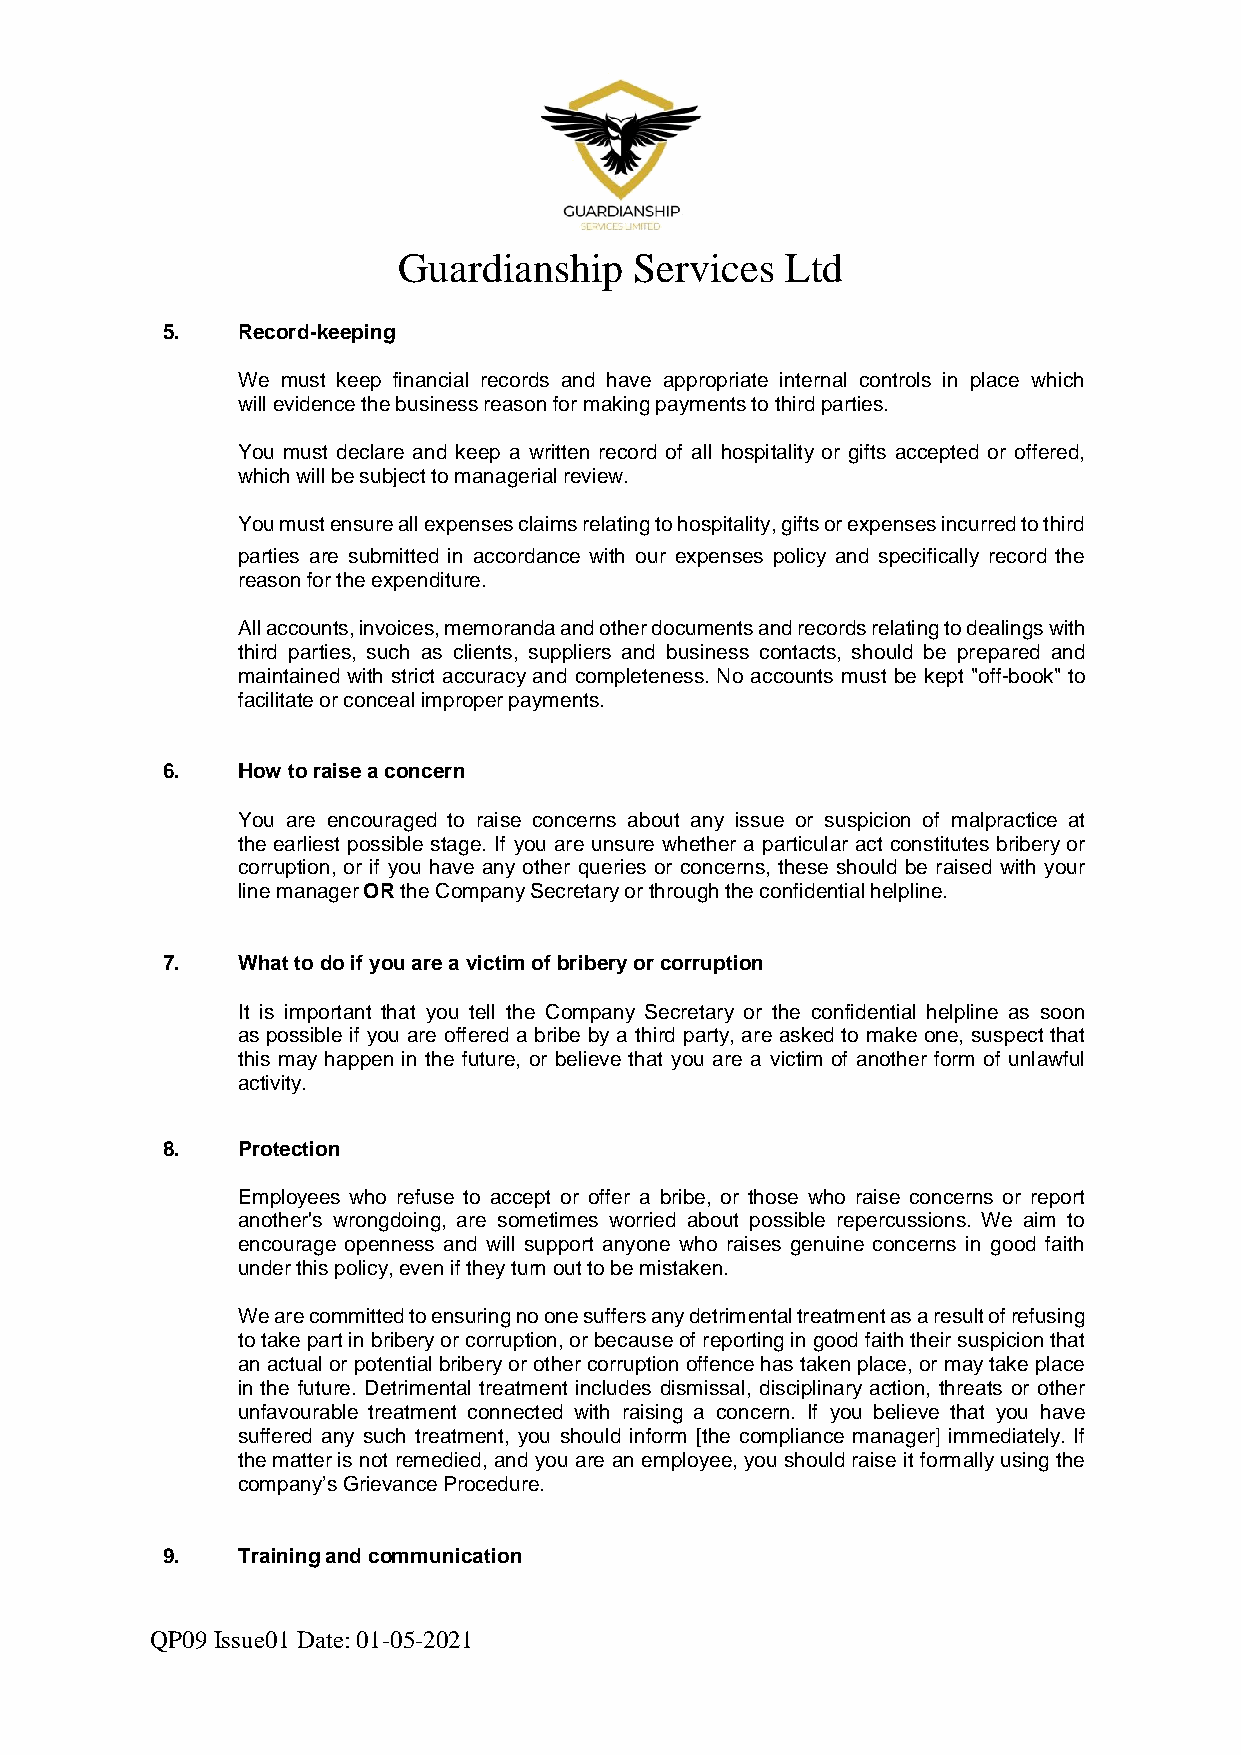
Guardianship    Services  Ltd
 5.   Record-keeping
 We must keep financial records and have appropriate internal controls in place which
 will evidence the business reason for making payments to third parties.
 You must declare and keep a written record of all hospitality or gifts accepted or offered,
 which will be subject to managerial review.
 You must ensure all expenses claims relating to hospitality, gifts or expenses incurred to third
 parties are submitted in accordance with our expenses policy and specifically record the
 reason for the expenditure.
 All accounts, invoices, memoranda and other documents and records relating to dealings with
 third parties, such as clients, suppliers and business contacts, should be prepared and
 maintained with strict accuracy and completeness. No accounts must be kept "off-book" to
 facilitate or conceal improper payments.
 6.   How to raise a concern
 You are encouraged to raise concerns about any issue or suspicion of malpractice at
 the earliest possible stage. If you are unsure whether a particular act constitutes bribery or
 corruption, or if you have any other queries or concerns, these should be raised with your
 line manager OR the Company Secretary or through the confidential helpline.
 7.   What to do if you are a victim of bribery or corruption
 It is important that you tell the Company Secretary or the confidential helpline as soon
 as possible if you are offered a bribe by a third party, are asked to make one, suspect that
 this may happen in the future, or believe that you are a victim of another form of unlawful
 activity.
 8.   Protection
 Employees who refuse to accept or offer a bribe, or those who raise concerns or report
 another's wrongdoing, are sometimes worried about possible repercussions. We aim to
 encourage openness and will support anyone who raises genuine concerns in good faith
 under this policy, even if they turn out to be mistaken.
 We are committed to ensuring no one suffers any detrimental treatment as a result of refusing
 to take part in bribery or corruption, or because of reporting in good faith their suspicion that
 an actual or potential bribery or other corruption offence has taken place, or may take place
 in the future. Detrimental treatment includes dismissal, disciplinary action, threats or other
 unfavourable treatment connected with raising a concern. If you believe that you have
 suffered any such treatment, you should inform [the compliance manager] immediately. If
 the matter is not remedied, and you are an employee, you should raise it formally using the
 company’s Grievance Procedure.
 9.   Training and communication
 QP09 Issue01 Date: 01-05-2021